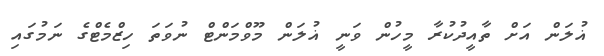
ޣުލަން އަށް ތާއީދުކުރާ މީހުން ވަނީ ޣުލަން މޫވްމަންޓް ނުވަތަ ހިޒްމެޓްގެ ނަމުގައި